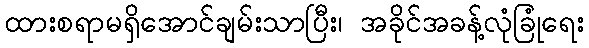
ထားစရာမရှိအောင်ချမ်းသာပြီး၊ အခိုင်အခန့်လုံခြုံရေး